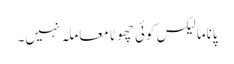
پاناما لیکس کوئی چھوٹا معاملہ نہیں۔